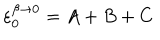
LaTeX: \varepsilon _ { 0 } ^ { \beta \rightarrow 0 } = A + B + C